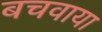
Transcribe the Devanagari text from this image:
बचवाया